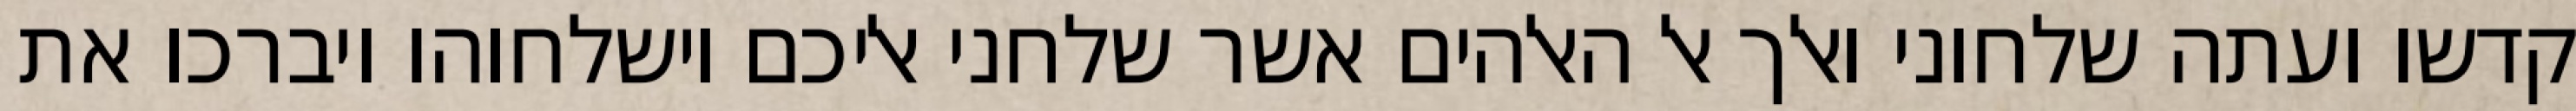
קדשו ועתה שלחוני ואלך אל האלהים אשר שלחני אליכם וישלחוהו ויברכו את